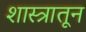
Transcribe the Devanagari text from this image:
शास्त्रातून